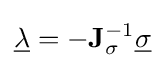
{\underline {\lambda }}=-\mathbf {J} _{\sigma }^{-1}{\underline {\sigma }}